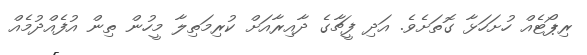
ރިޕޯޓެއް ހުށަހަޅާ ގޮތަށެވެ. އަދި ފީޗާގެ ދާއިރާއަށް ކުރިމަތިލާ މީހުން ތިން އުފެއްދުމެއް